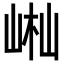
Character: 𡷻